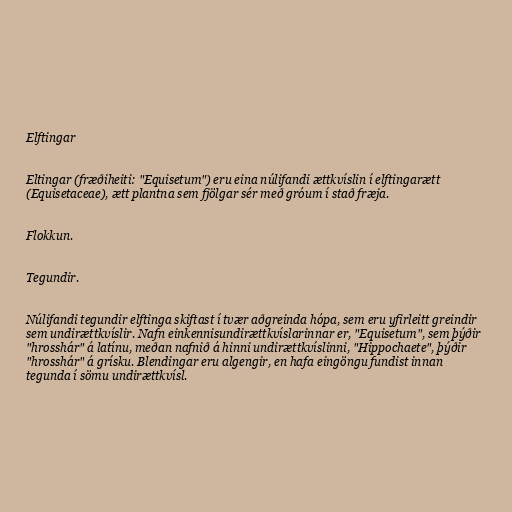
Elftingar

Eltingar (fræðiheiti: "Equisetum") eru eina núlifandi ættkvíslin í elftingarætt
(Equisetaceae), ætt plantna sem fjölgar sér með gróum í stað fræja.

Flokkun.

Tegundir.

Núlifandi tegundir elftinga skiftast í tvær aðgreinda hópa, sem eru yfirleitt greindir
sem undirættkvíslir. Nafn einkennisundirættkvíslarinnar er, "Equisetum", sem þýðir
"hrosshár" á latínu, meðan nafnið á hinni undirættkvíslinni, "Hippochaete", þýðir
"hrosshár" á grísku. Blendingar eru algengir, en hafa eingöngu fundist innan
tegunda í sömu undirættkvísl.